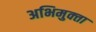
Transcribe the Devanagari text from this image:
अभिमुक्‍ता